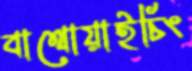
বাথোয়াইচিং